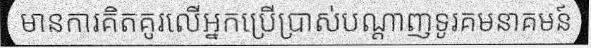
មានការគិតគូរលើអ្នកប្រើប្រាស់បណ្តាញទូរគមនាគមន៍